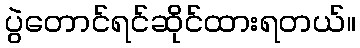
ပွဲတောင်ရင်ဆိုင်ထားရတယ်။